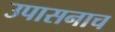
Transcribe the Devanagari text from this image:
उपासनाच